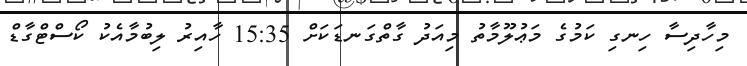
މިހާދިސާ ހިނގި ކަމުގެ މަޢުލޫމާތު މިއަދު ގާތްގަނޑަކަށް 15:35 ހާއިރު ލިބުމާއެކު ކޯސްޓްގާޑް